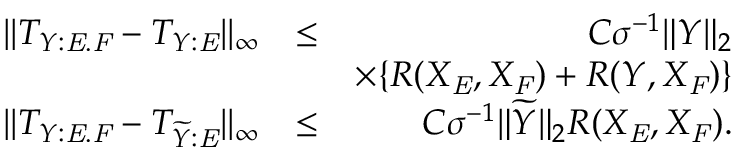
\begin{array} { r l r } { | | T _ { Y : \mathit { E } . \mathit { F } } - T _ { Y : \mathit { E } } | | _ { \infty } } & { \leq } & { C \sigma ^ { - 1 } \| Y \| _ { 2 } } \\ & { } & { \times \{ R ( X _ { \mathit { E } } , X _ { \mathit { F } } ) + R ( Y , X _ { \mathit { F } } ) \} } \\ { | | T _ { Y : \mathit { E } . \mathit { F } } - T _ { \widetilde { Y } : \mathit { E } } | | _ { \infty } } & { \leq } & { C \sigma ^ { - 1 } \| \widetilde { Y } \| _ { 2 } R ( X _ { \mathit { E } } , X _ { \mathit { F } } ) . } \end{array}